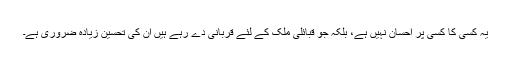
یہ کسی کا کسی پر احسان نہیں ہے، بلکہ جو قبائلی ملک کے لئے قربانی دے رہے ہیں ان کی تحسین زیادہ ضروری ہے۔